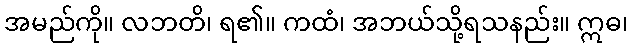
အမည်ကို။ လဘတိ၊ ရ၏။ ကထံ၊ အဘယ်သို့ရသနည်း။ ဣဓ၊